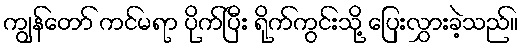
ကျွန်တော် ကင်မရာ ပိုက်ပြီး ရိုက်ကွင်းသို့ ပြေးလွှားခဲ့သည်။